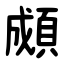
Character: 䫆